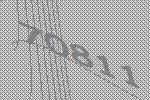
70811